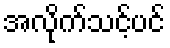
အလိုက်သင့်ပင်